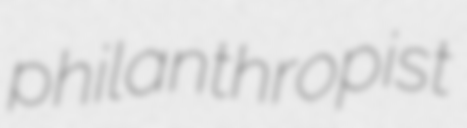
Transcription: philanthropist